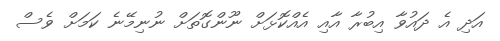
އަދި އެ ދައުވާ އިބުރާ އާއި އެއްކޮޅަށް ނޫންގޮތަށް ނުނިމޭނެ ކަމަށް ވެސް